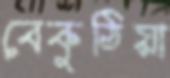
বেকুঠিয়া